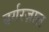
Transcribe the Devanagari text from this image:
बर्गरज़ाल